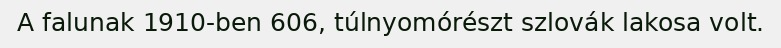
A falunak 1910-ben 606, túlnyomórészt szlovák lakosa volt.